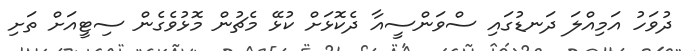
ދުވަހު އަމިއްލަ ދަނޑުގައި ސްވަންސީއާ ދެކޮޅަށް ކުޅޭ މެޗުން މޮޅުވެގެން ސިޓީއަށް ތަށި